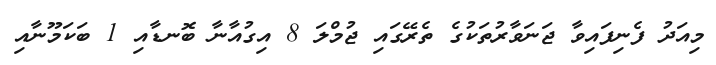
މިއަދު ފެނިފައިވާ ޖަނަވާރުތަކުގެ ތެރޭގައި ޖުމްލަ 8 އިގުއާނާ ބޮނޑާއި 1 ބަކަމޫނާއި